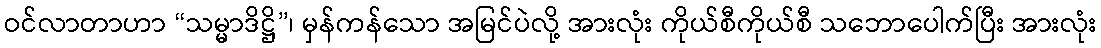
ဝင်လာတာဟာ “သမ္မာဒိဋ္ဌိ”၊ မှန်ကန်သော အမြင်ပဲလို့ အားလုံး ကိုယ်စီကိုယ်စီ သဘောပေါက်ပြီး အားလုံး